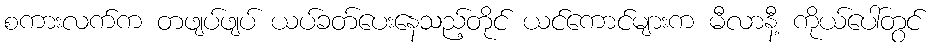
စကားလက်က တဖျပ်ဖျပ် ယပ်ခတ်ပေးနေသည့်တိုင် ယင်ကောင်များက မီလာနီ့ ကိုယ်ပေါ်တွင်